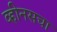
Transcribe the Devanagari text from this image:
व्हीनसचा